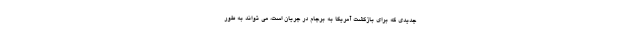
جدیدی که برای بازگشت آمریکا به برجام در جریان است، می تواند به طور